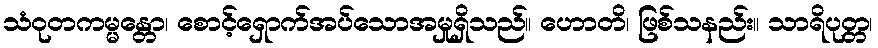
သံဝုတကမ္မန္တော၊ စောင့်ရှောက်အပ်သောအမှုရှိသည်။ ဟောတိ၊ ဖြစ်သနည်း။ သာရိပုတ္တ၊